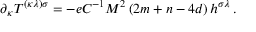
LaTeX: \partial _ { \kappa } T ^ { ( \kappa \lambda ) \sigma } = - e C ^ { - 1 } M ^ { 2 } \left( 2 m + n - 4 d \right) h ^ { \sigma \lambda } \, .